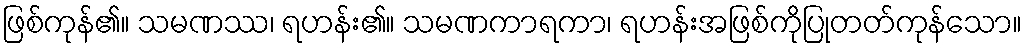
ဖြစ်ကုန်၏။ သမဏဿ၊ ရဟန်း၏။ သမဏကာရကာ၊ ရဟန်းအဖြစ်ကိုပြုတတ်ကုန်သော။